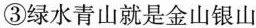
③绿水青山就是金山银山